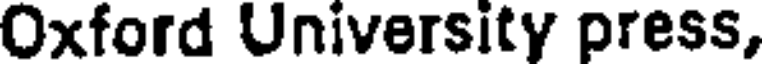
Oxford University press,